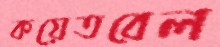
কয়েতবেল